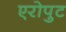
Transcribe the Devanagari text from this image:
एरोपुट